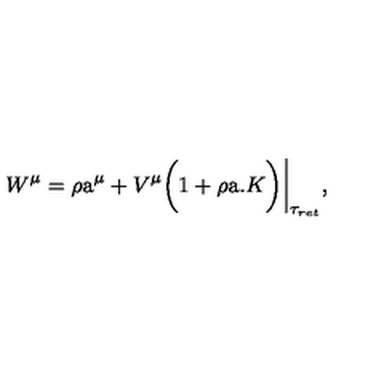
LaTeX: W ^ { \mu } = \rho \mathrm { \Large a } ^ { \mu } + V ^ { \mu } { \bigg ( } 1 + \rho \mathrm { \Large a } . { K } { \bigg ) } { \bigg | } _ { \tau _ { r e t } } ,